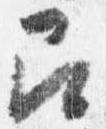
召